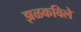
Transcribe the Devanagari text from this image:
झळकविले